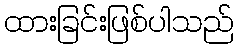
ထားခြင်းဖြစ်ပါသည်